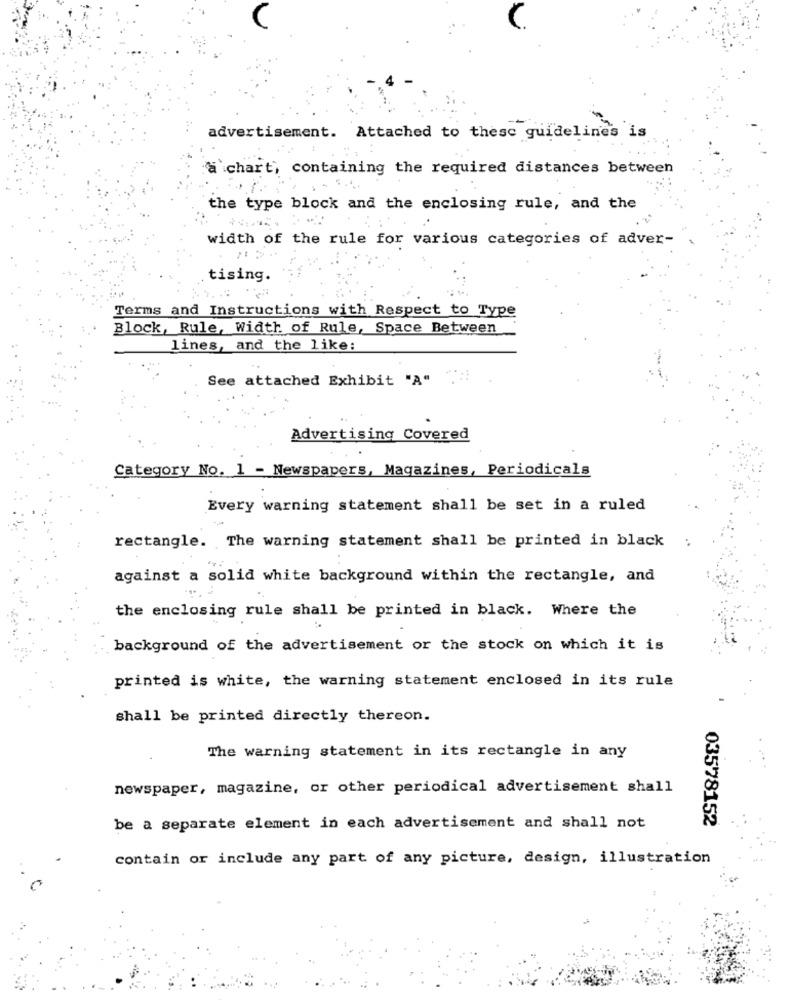
advertisement. Attached to these guidelines is
a`chart, containing the required distances between
the type block and the enclosing rule, and the
width of the rule for various categories of adver-
tising.
Terms and Instructions with Respect to Type
Block, Rule, Width of Rule, Space Between
lines, and the like:
See attached Exhibit "A"
Advertising Covered
Category No. 1 - Newspapers, Magazines, Periodicals
Every warning statement shall be set in a ruled
rectangle. The warning statement shall be printed in black
against a solid white background within the rectangle, and
the enclosing rule shall be printed in black. Where the
background of the advertisement or the stock on which it is
printed is white, the warning statement enclosed in its rule
shall be printed directly thereon.
The warning statement in its rectangle in any
newspaper, magazine, or other periodical advertisement shall
03578152
be a separate element in each advertisement and shall not
contain or include any part of any picture, design, illustration